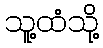
သူ့ထံသို့